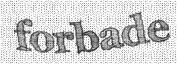
forbade